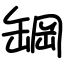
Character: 罁